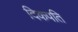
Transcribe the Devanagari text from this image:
दिकपति